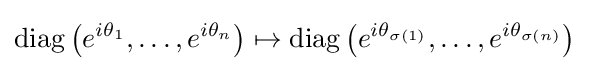
\operatorname {diag} \left(e^{i\theta _{1}},\dots ,e^{i\theta _{n}}\right)\mapsto \operatorname {diag} \left(e^{i\theta _{\sigma (1)}},\dots ,e^{i\theta _{\sigma (n)}}\right)